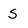
Character: S